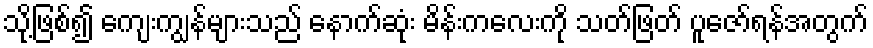
သို့ဖြစ်၍ ကျေးကျွန်များသည် နောက်ဆုံး မိန်းကလေးကို သတ်ဖြတ် ပူဇော်ရန်အတွက်